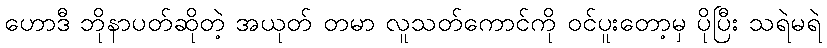
ဟောဒီ ဘိုနာပတ်ဆိုတဲ့ အယုတ် တမာ လူသတ်ကောင်ကို ဝင်ပူးတော့မှ ပိုပြီး သရဲမရဲ